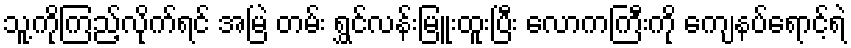
သူ့ကိုကြည့်လိုက်ရင် အမြဲ တမ်း ရွှင်လန်းမြူးထူးပြီး လောကကြီးကို ကျေနပ်ရောင့်ရဲ